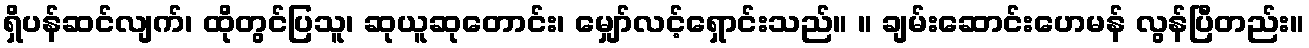
ရှိပန်ဆင်လျက်၊ ထိုတွင်ပြသူ၊ ဆုယူဆုတောင်း၊ မျှော်လင့်ရှောင်းသည်။ ။ ချမ်းဆောင်းဟေမန် လွန်ပြီတည်း။